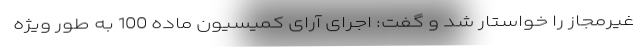
غیرمجاز را خواستار شد و گفت: اجرای آرای کمیسیون ماده 100 به طور ویژه